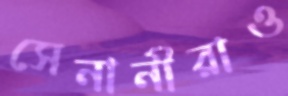
সেনানীরাও